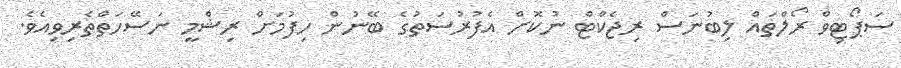
ސަޕޯޓިވް ރޯލްތައް ލިބުނަސް ރިޖެކްޓް ނުކޮށް އެފުރުސަތުގެ ބޭނުން ހިފުމަށް ރިޝްމީ ނަސޭހަތްތެރިވިއެވެ.